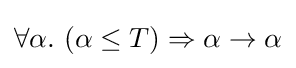
\forall \alpha .\ (\alpha \leq T)\Rightarrow \alpha \rightarrow \alpha